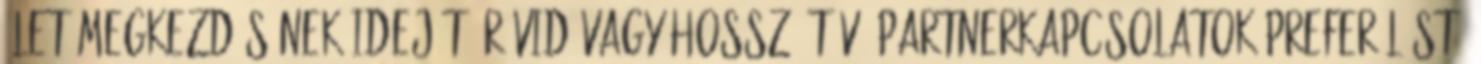
élet megkezdésének idejét, rövid vagy hosszú távú partnerkapcsolatok preferálást,